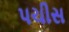
પચીસ